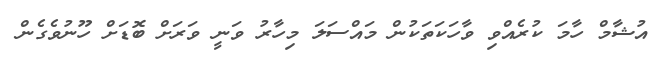
އުޝާމް ހާމަ ކުރެއްވި ވާހަކަތަކުން މައްސަލަ މިހާރު ވަނީ ވަރަށް ބޮޑަށް ހޫނުވެގެން